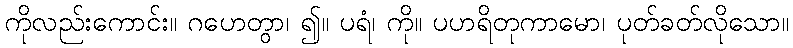
ကိုလည်းကောင်း။ ဂဟေတွာ၊ ၍။ ပရံ၊ ကို။ ပဟရိတုကာမော၊ ပုတ်ခတ်လိုသော။